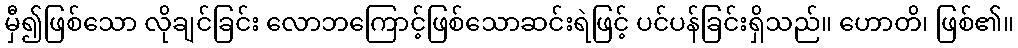
မှီ၍ဖြစ်သော လိုချင်ခြင်း လောဘကြောင့်ဖြစ်သောဆင်းရဲဖြင့် ပင်ပန်ခြင်းရှိသည်။ ဟောတိ၊ ဖြစ်၏။